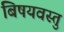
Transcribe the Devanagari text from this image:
बिषयवस्तु